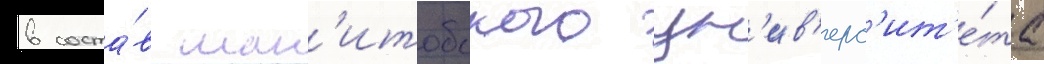
в соста́в ман'итобского ун'ив'ерс'ит'е́та